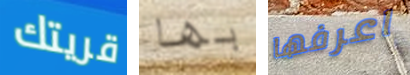
قريتك بها اعرفها